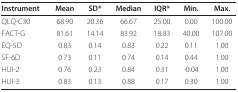
<table><thead><tr><td><b>Instrument</b></td><td><b>Mean</b></td><td><b>SD*</b></td><td><b>Median</b></td><td><b>IQR*</b></td><td><b>Min.</b></td><td><b>Max.</b></td></tr></thead><tbody><tr><td>QLQ-C30</td><td>68.90</td><td>20.36</td><td>66.67</td><td>25.00</td><td>0.00</td><td>100.00</td></tr><tr><td>FACT-G</td><td>81.61</td><td>14.14</td><td>83.92</td><td>18.83</td><td>40.00</td><td>107.00</td></tr><tr><td>EQ-5D</td><td>0.83</td><td>0.14</td><td>0.83</td><td>0.22</td><td>0.11</td><td>1.00</td></tr><tr><td>SF-6D</td><td>0.73</td><td>0.11</td><td>0.74</td><td>0.14</td><td>0.44</td><td>1.00</td></tr><tr><td>HUI-2</td><td>0.76</td><td>0.23</td><td>0.84</td><td>0.31</td><td>-0.04</td><td>1.00</td></tr><tr><td>HUI-3</td><td>0.83</td><td>0.13</td><td>0.88</td><td>0.17</td><td>0.30</td><td>1.00</td></tr></tbody></table>